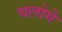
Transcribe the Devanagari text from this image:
चलोगे